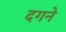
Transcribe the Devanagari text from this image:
दगने